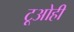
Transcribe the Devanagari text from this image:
टूओही